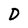
Character: D